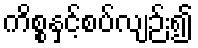
ကိစ္စနှင့်စပ်လျဉ်း၍